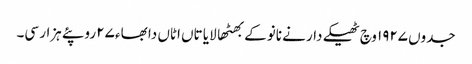
جدوں ١٩٢٧ وچ ٹھیکے دار نے نانوکے بھٹھا لایا تاں اٹاں دا بھاء ٢٧ روپئے ہزار سی۔